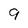
Character: 9